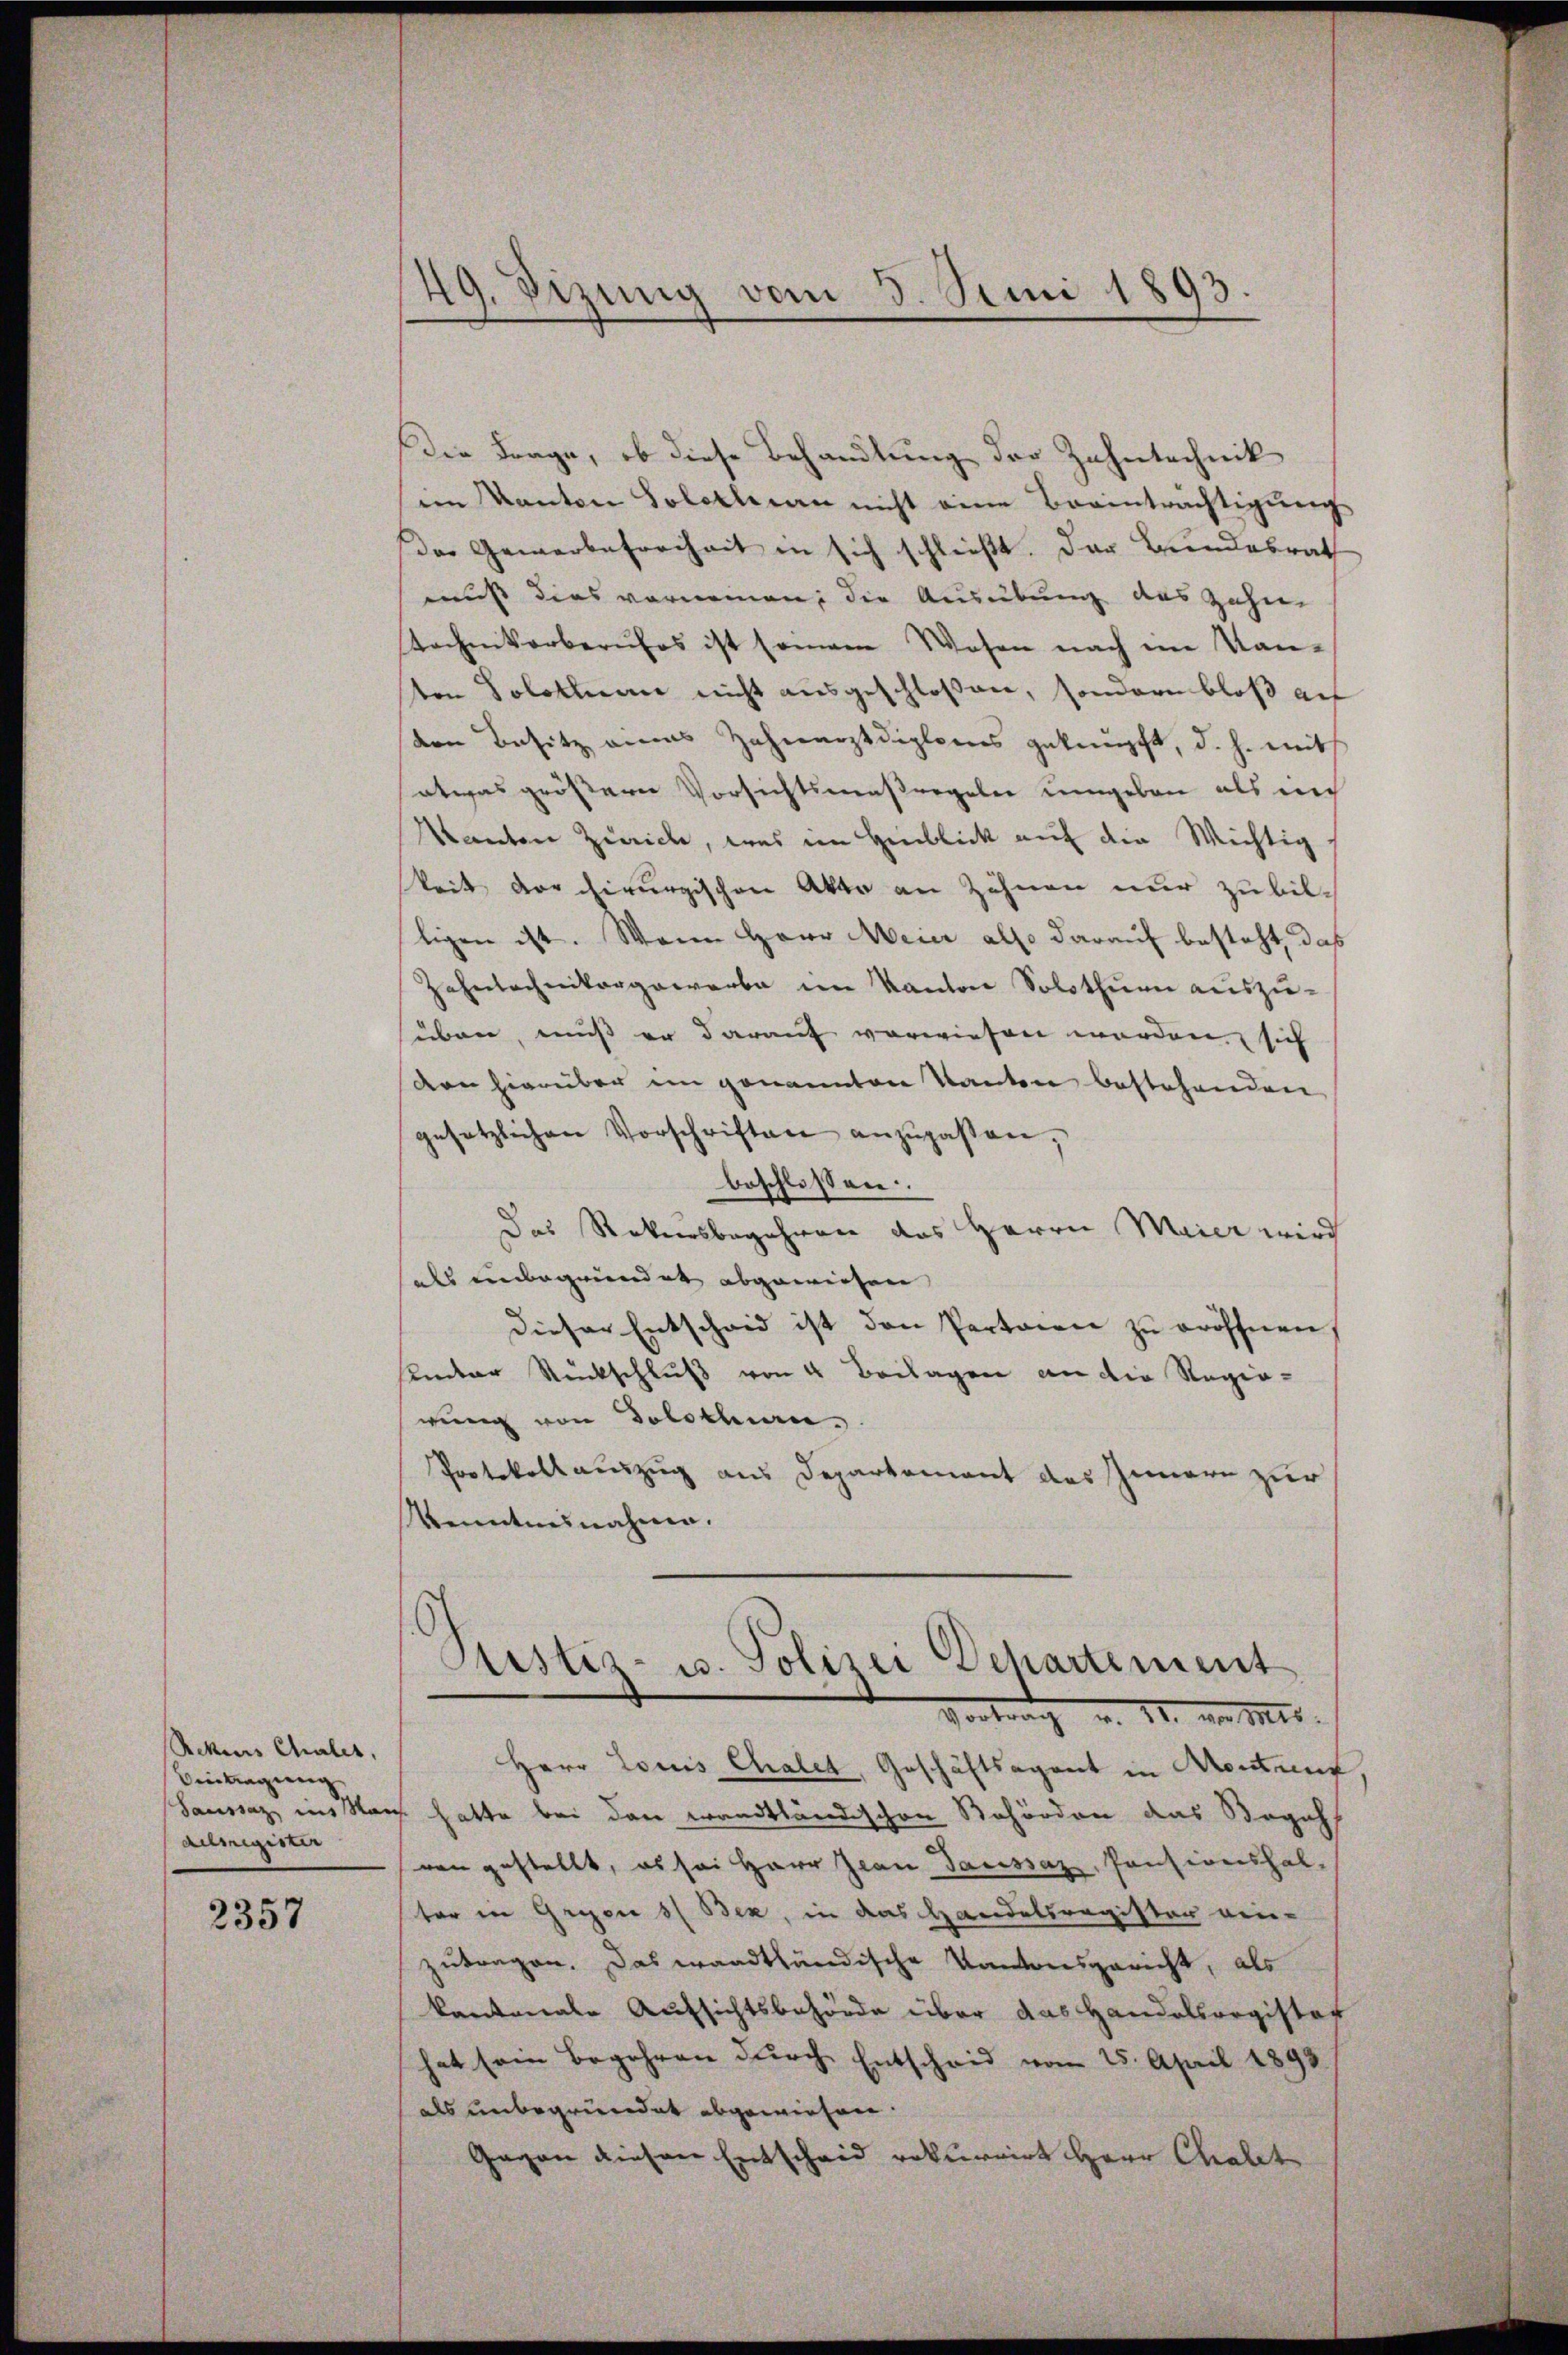
Rekurs Chales,
Bintragung
Ausigister

2357

Die Frage, ob diese Behandlung der Zahntechnik
sein Kanton Solothurn nicht eine Beeinträchtigung
Das Gewerbefreiheit in sich schließt. Der Bundesrath
muss dies vornemen; die Ausübung des Zahne
tochnikerberufes ist seinem Wesen nach im Kan-
ton Solothurn nicht ausgeschloßen, sondern bloß au
on Besitz eines Zahnarztdiploms geknüpft, d. h. mit
etwas größerer Vorsichtsmaßregeler umgeben als nich
Kanton Zürich, was im Hinblick auf die Wichtig,
keit der chirurgischen Akte an Zähnen nur zu biltigen ist. Wenn Herr Meier also darauf besteht, daß
Zehntechnikergewerbe im Kanton Solothurn auszusüben, muß er darauf vorwiesen worden, sich
von hierüber im genannten Kanton bestehenden
gesetzlichen Vorschriften anzupassen,
beschlossen.
Das Rekursbegehren des Herrn Maier wird
als einbegründet abgewiesen
dieser Entscheid ist den Parteien zu eröffnen,
Unter Rückschluß von 4 Beilagen an die Regierung von Solothurn
Protokollauszug aus Departement des Innere zur
Kenntnisnahme.

49. Sizung vom 3. Juni 1893.
e

Ristiz- u. Polizei Departement
Vortrag u. 11. v. Mts.

Herr Louis Chalet, Geschäftsagent in Kontrent
Saussaz, ins Nach hatte bei den wandtländischen Behörden das Begeh
von gestellt, es sei Herr Jean Passaz, Pensionshab-
ter in Gresen s. Bek, in das Handelsregister ein-
zutragen. Das waadtländische Kantonsgericht, als
kantonale Aufsichtsbehörde über das Handelsregistet
hat sein Begehren durch Entscheid vom 25. April 1893
als unbegründet abgewiesen.
Gegen diesen Entscheid rekurrirt Herr Chalet